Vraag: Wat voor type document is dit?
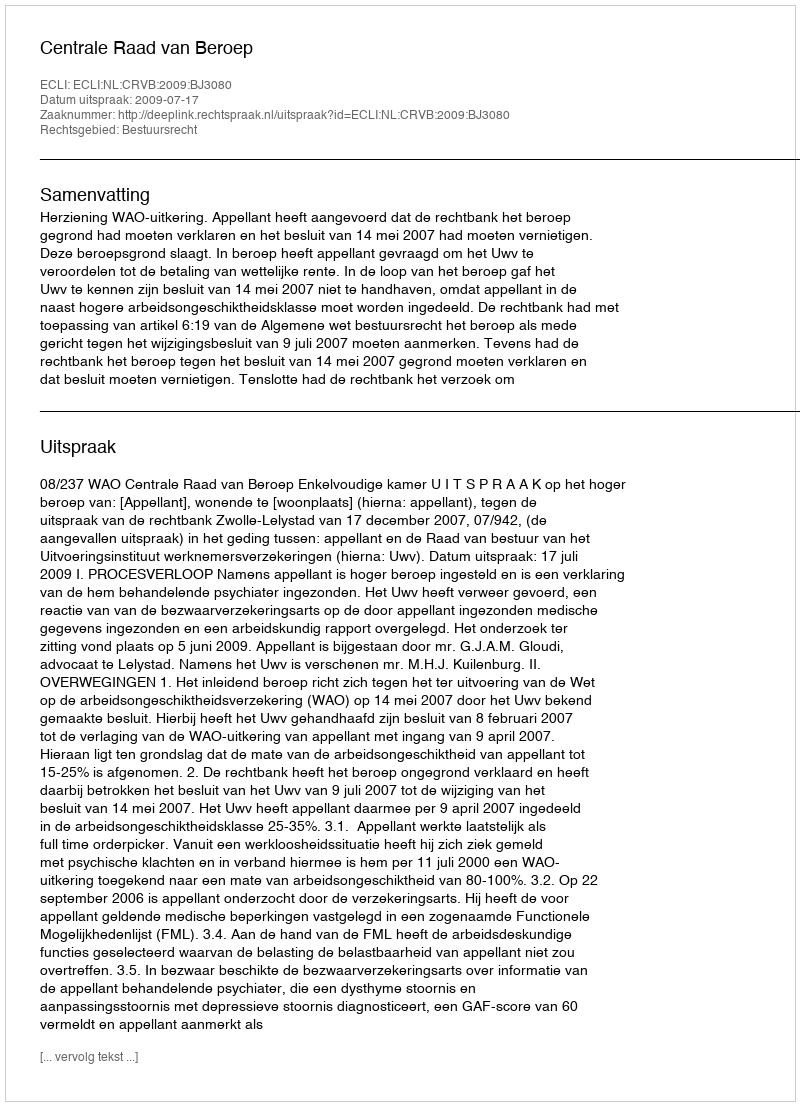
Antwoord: Uitspraak